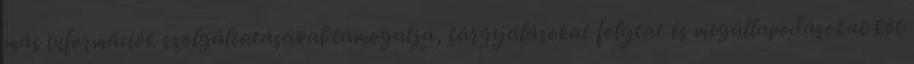
más információk szolgáltatásával támogatja, tárgyalásokat folytat és megállapodásokat köt